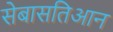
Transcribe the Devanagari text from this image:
सेबासतिआन